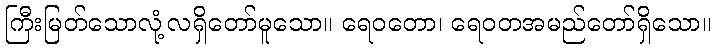
ကြီးမြတ်သောလုံ့လရှိတော်မူသော။ ရေဝတော၊ ရေဝတအမည်တော်ရှိသော။